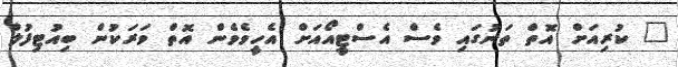
" ކުރިއަށް އޮތް ތަނުގައި ވެސް އެސްޓީއޯއަށް އެހީވެވެން އޮތް ވަރަކުން ބިއުޓިފުލް